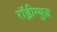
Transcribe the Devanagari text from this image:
राॅड्रीग्युज़